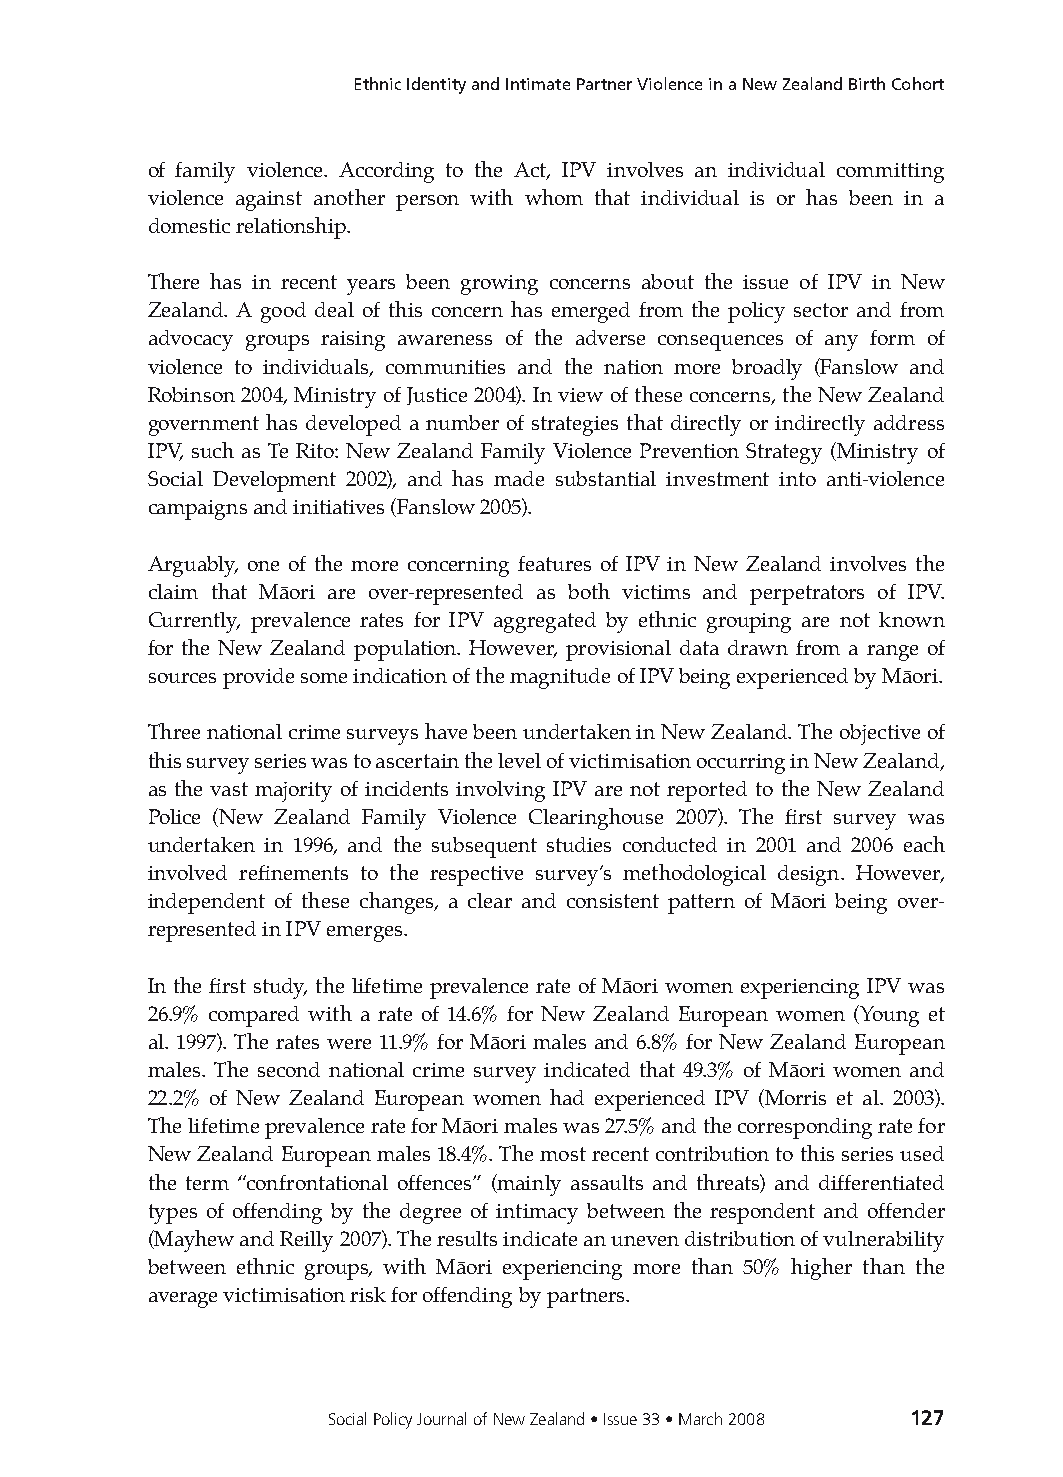
Ethnic Identity and Intimate Partner Violence in a New Zealand Birth Cohort
 of family violence. According to the Act, IPV involves an individual committing
 violence against another person with whom that individual is or has been in a
 domestic relationship.
 There has in recent years been growing concerns about the issue of IPV in New
 Zealand. A good deal of this concern has emerged from the policy sector and from
 advocacy groups raising awareness of the adverse consequences of any form of
 violence to individuals, communities and the nation more broadly (Fanslow and
 Robinson 2004, Ministry of Justice 2004). In view of these concerns, the New Zealand
 government has developed a number of strategies that directly or indirectly address
 IPV, such as Te Rito: New Zealand Family Violence Prevention Strategy (Ministry of
 Social Development 2002), and has made substantial investment into anti-violence
 campaigns and initiatives (Fanslow 2005).
 Arguably, one of the more concerning features of IPV in New Zealand involves the
 claim that Māori are over-represented as both victims and perpetrators of IPV.
 Currently, prevalence rates for IPV aggregated by ethnic grouping are not known
 for the New Zealand population. However, provisional data drawn from a range of
 sources provide some indication of the magnitude of IPV being experienced by Māori.
 Three national crime surveys have been undertaken in New Zealand. The objective of
 this survey series was to ascertain the level of victimisation occurring in New Zealand,
 as the vast majority of incidents involving IPV are not reported to the New Zealand
 Police (New Zealand Family Violence Clearinghouse 2007). The first survey was
 undertaken in 1996, and the subsequent studies conducted in 2001 and 2006 each
 involved refinements to the respective survey’s methodological design. However,
 independent of these changes, a clear and consistent pattern of Māori being over-
 represented in IPV emerges.
 In the first study, the lifetime prevalence rate of Māori women experiencing IPV was
 26.9% compared with a rate of 14.6% for New Zealand European women (Young et
 al. 1997). The rates were 11.9% for Māori males and 6.8% for New Zealand European
 males. The second national crime survey indicated that 49.3% of Māori women and
 22.2% of New Zealand European women had experienced IPV (Morris et al. 2003).
 The lifetime prevalence rate for Māori males was 27.5% and the corresponding rate for
 New Zealand European males 18.4%. The most recent contribution to this series used
 the term “confrontational offences” (mainly assaults and threats) and differentiated
 types of offending by the degree of intimacy between the respondent and offender
 (Mayhew and Reilly 2007). The results indicate an uneven distribution of vulnerability
 between ethnic groups, with Māori experiencing more than 50% higher than the
 average victimisation risk for offending by partners.
 Social Policy Journal of New Zealand • Issue 33 • March 2008 127